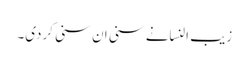
زیب النسانے سنی ان سنی کردی۔